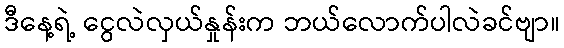
ဒီနေ့ရဲ့ ငွေလဲလှယ်နှုန်းက ဘယ်လောက်ပါလဲခင်ဗျာ။